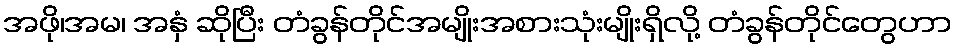
အဖို၊အမ၊ အနှံ ဆိုပြီး တံခွန်တိုင်အမျိုးအစားသုံးမျိုးရှိလို့ တံခွန်တိုင်တွေဟာ